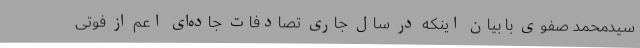
سیدمحمد صفوی با بیان اینکه در سال جاری تصادفات جاده‌ای اعم از فوتی